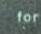
for